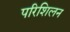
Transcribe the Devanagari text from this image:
परिशिलन